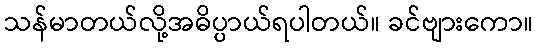
သန်မာတယ်လို့အဓိပ္ပာယ်ရပါတယ်။ ခင်ဗျားကော။